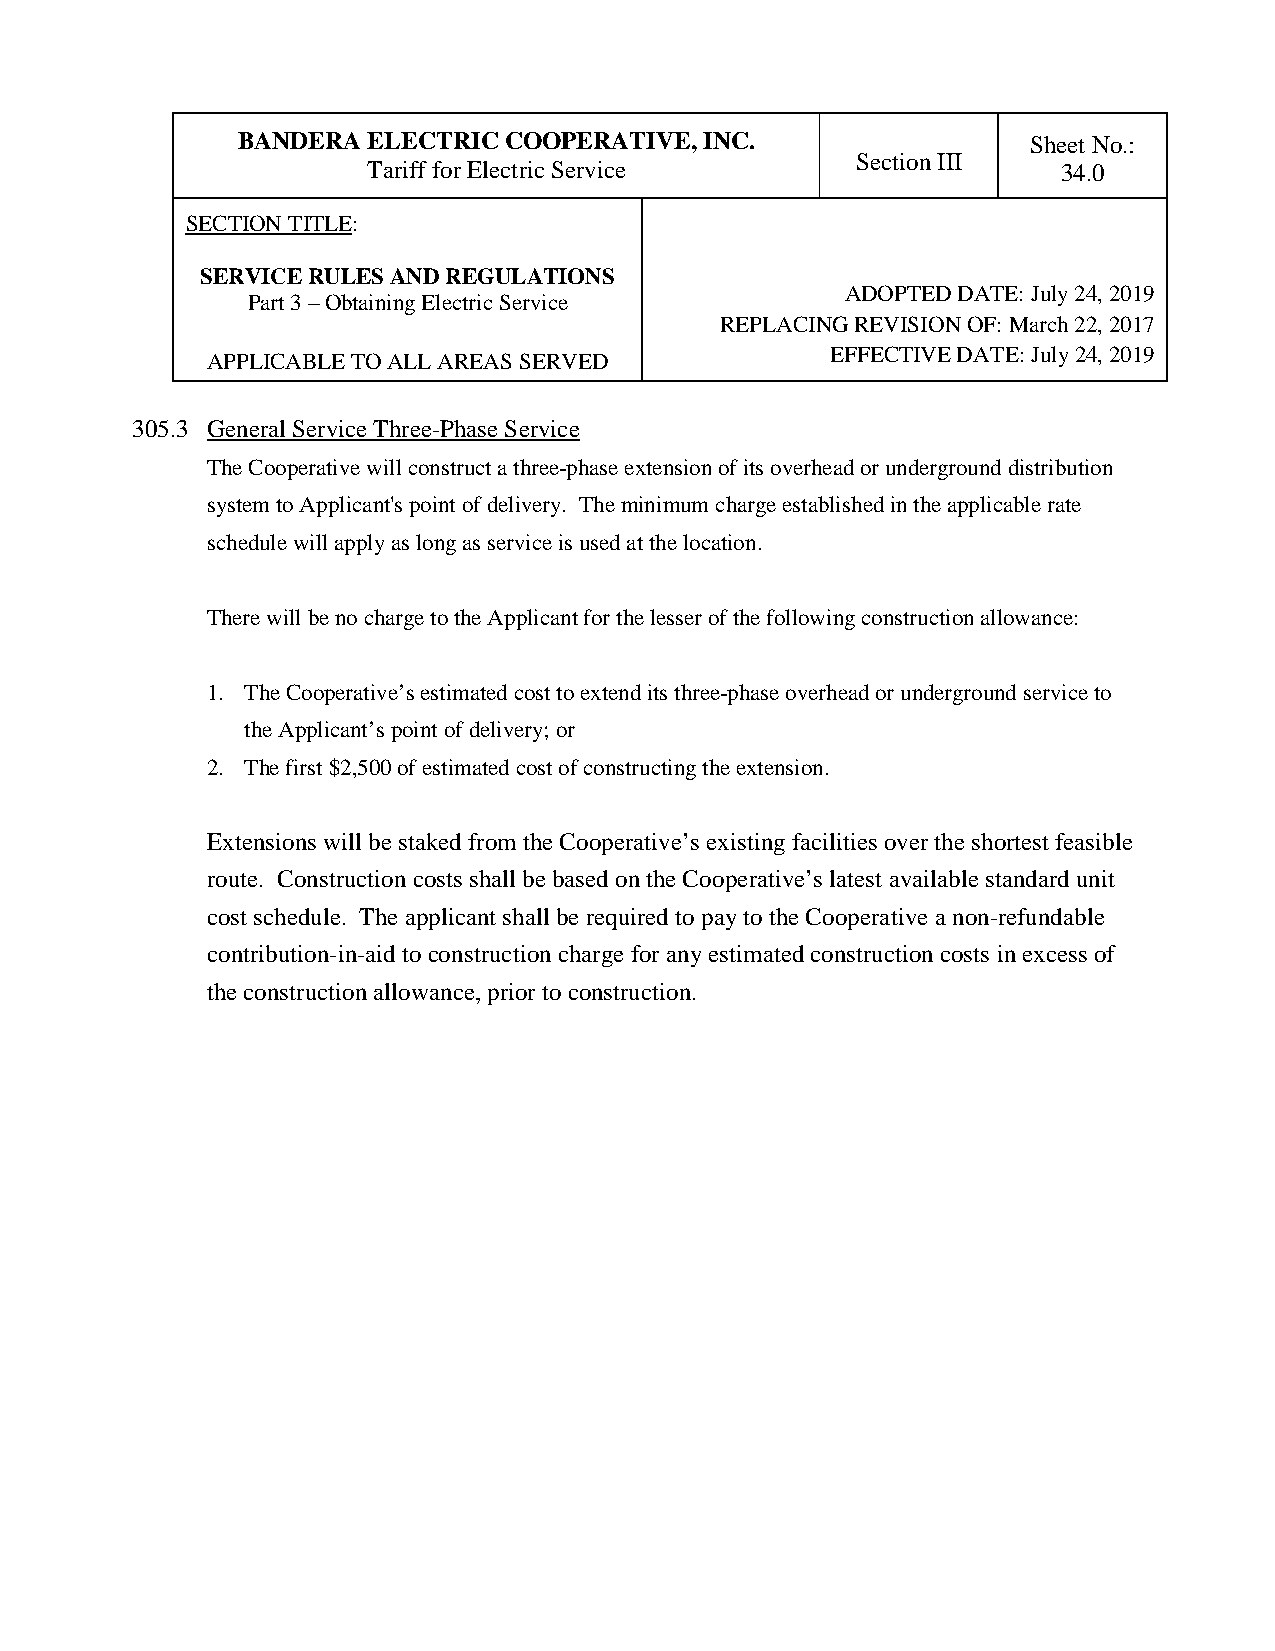
BANDERA ELECTRIC COOPERATIVE,  INC.                 Sheet No.:
 Section III
 Tariff for Electric Service                   34.0
 SECTION TITLE:
 SERVICE RULES AND REGULATIONS
 ADOPTED DATE: July 24, 2019
 Part 3 – Obtaining Electric Service
 REPLACING REVISION OF: March 22, 2017
 EFFECTIVE DATE: July 24, 2019
 APPLICABLE TO ALL AREAS SERVED
 305.3 General Service Three-Phase Service
 The Cooperative will construct a three-phase extension of its overhead or underground distribution
 system to Applicant's point of delivery. The minimum charge established in the applicable rate
 schedule will apply as long as service is used at the location.
 There will be no charge to the Applicant for the lesser of the following construction allowance:
 1. The Cooperative’s estimated cost to extend its three-phase overhead or underground service to
 the Applicant’s point of delivery; or
 2. The first $2,500 of estimated cost of constructing the extension.
 Extensions will be staked from the Cooperative’s existing facilities over the shortest feasible
 route. Construction costs shall be based on the Cooperative’s latest available standard unit
 cost schedule. The applicant shall be required to pay to the Cooperative a non-refundable
 contribution-in-aid to construction charge for any estimated construction costs in excess of
 the construction allowance, prior to construction.